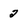
Character: 2